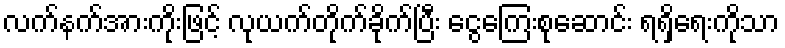
လက်နက်အားကိုးဖြင့် လုယက်တိုက်ခိုက်ပြီး ငွေကြေးစုဆောင်း ရရှိရေးကိုသာ